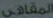
المقاهي